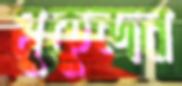
মুকুন্দন